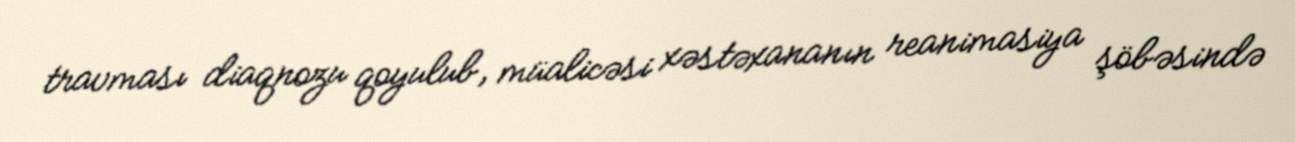
travması diaqnozu qoyulub, müalicəsi xəstəxananın reanimasiya şöbəsində